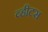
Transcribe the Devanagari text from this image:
व्हीटस